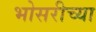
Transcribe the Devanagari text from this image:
भोसरीच्या